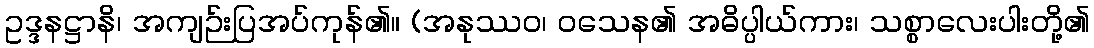
ဥဒ္ဒနဋ္ဌာနိ၊ အကျဉ်းပြအပ်ကုန်၏။ (အနုဿဝ၊ ဝသေန၏ အဓိပ္ပါယ်ကား၊ သစ္စာလေးပါးတို့၏